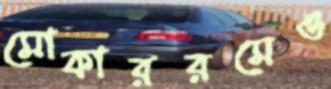
মোকাররমেও